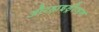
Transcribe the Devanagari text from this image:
औरहाइड्रोजन